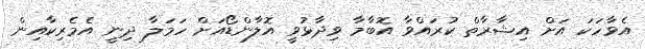
އެވާހަކަ އަށް އިޝާރާތް ކުރައްވާ އޮބާމާ ވިދާޅުވީ އޮލާންޑޯއަށް ހަމަލާ ދިނީ އެމެރިކާއިން